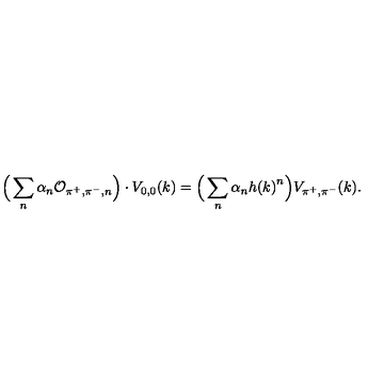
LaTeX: \Big ( \sum _ { n } \alpha _ { n } { \cal O } _ { \pi ^ { + } , \pi ^ { - } , n } \Big ) \cdot V _ { 0 , 0 } ( k ) = \Big ( \sum _ { n } \alpha _ { n } { h ( k ) } ^ { n } \Big ) V _ { \pi ^ { + } , \pi ^ { - } } ( k ) .